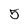
Character: 5